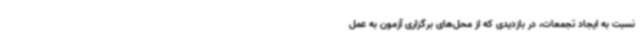
نسبت به ایجاد تجمعات، در بازدیدی که از محل‌های برگزاری آزمون به عمل